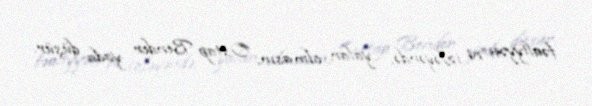
fəaliyyəti”ni izləyəndə, yalan olmasın, Ostap Bender yada düşür.